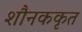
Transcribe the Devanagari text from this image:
शौनककृत